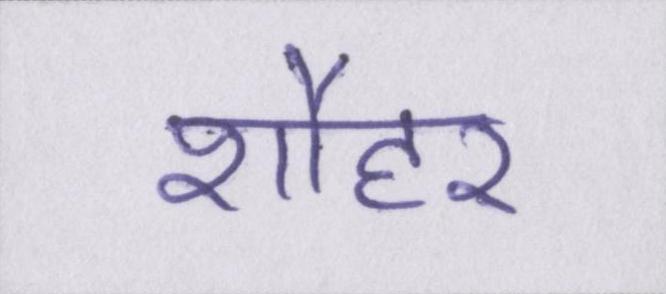
शौहर